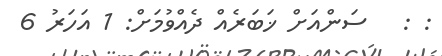
: :   ސަންއަށް ޚަބަރެއް ދެއްވުމަށް: 1 އަހަރު 6